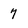
Character: 7